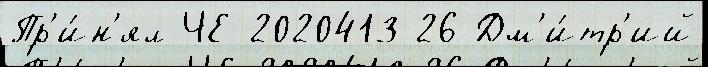
Пр'и́н'ял ЧЕ-2020413 26 Дм'и́тр'ий